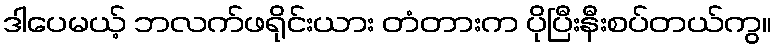
ဒါပေမယ့် ဘလက်ဖရိုင်းယား တံတားက ပိုပြီးနီးစပ်တယ်ကွ။